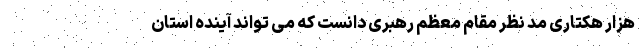
هزار هکتاریِ مدِ نظر مقام معظم رهبری دانست که می تواند آینده استان